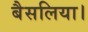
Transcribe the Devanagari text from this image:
बैसलिया।